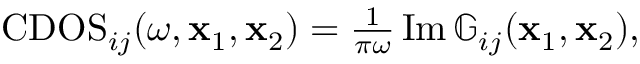
\begin{array} { r } { \mathrm { C D O S } _ { i j } ( \omega , \mathbf { x } _ { 1 } , \mathbf { x } _ { 2 } ) = \frac { 1 } { \pi \omega } \operatorname { I m } \mathbb { G } _ { i j } ( \mathbf { x } _ { 1 } , \mathbf { x } _ { 2 } ) , } \end{array}